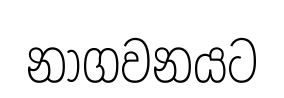
නාගවනයට